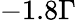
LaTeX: -1.8\Gamma